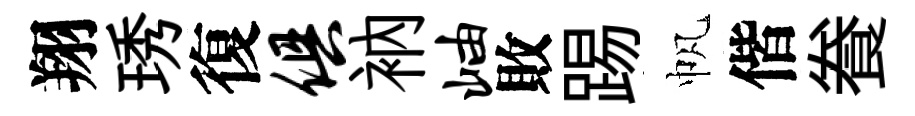
翔琇復俱衲岫敗踢帆偕飬